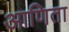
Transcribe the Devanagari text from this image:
आणिता